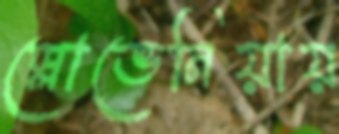
স্লোভেনিয়ায়